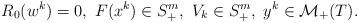
LaTeX: \begin{align*}R_{0}(w^k)=0,\ {F(x^k)\in S^m_+,\ V_k\in S^m_+,\ y^k\in \mathcal{M}_+(T).}\end{align*}